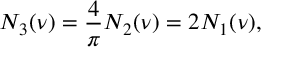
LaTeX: N _ { 3 } ( \nu ) = { \frac { 4 } { \pi } } N _ { 2 } ( \nu ) = 2 N _ { 1 } ( \nu ) ,